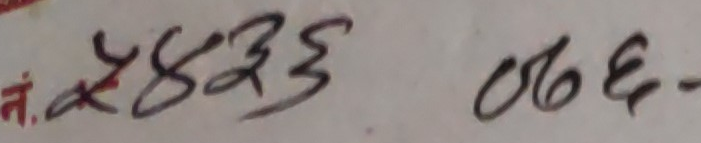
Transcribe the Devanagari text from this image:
तं. ४८२३५ ०७६-